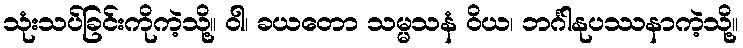
သုံးသပ်ခြင်းကိုကဲ့သို့။ ဝါ၊ ခယတော သမ္မသနံ ဝိယ၊ ဘင်္ဂါနုပဿနာကဲ့သို့။